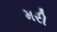
મરી